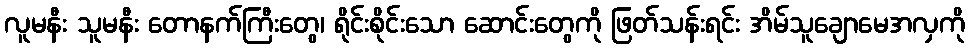
လူမနီး သူမနီး တောနက်ကြီးတွေ၊ ရိုင်းစိုင်းသော ဆောင်းတွေကို ဖြတ်သန်းရင်း အိမ်သူချောမေအလှကို